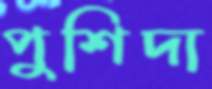
পুশিদা